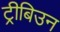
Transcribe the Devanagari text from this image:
ट्रीबिउन